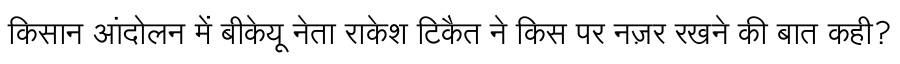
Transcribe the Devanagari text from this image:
किसान आंदोलन में बीकेयू नेता राकेश टिकैत ने किस पर नज़र रखने की बात कही?